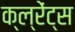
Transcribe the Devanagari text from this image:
क्ल्रेंट्स